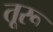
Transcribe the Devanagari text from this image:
तूरू